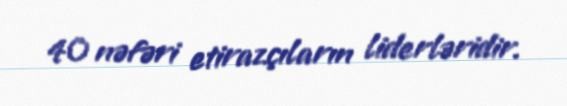
40 nəfəri etirazçıların liderləridir.